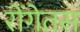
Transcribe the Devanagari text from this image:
रोंगेतस